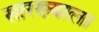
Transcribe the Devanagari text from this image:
सारख्याला